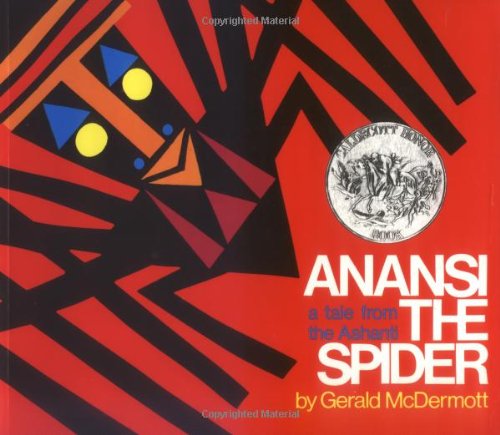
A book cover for Anansi the Spider: A Tale from the Ashanti; Gerald McDermott; Children's Books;